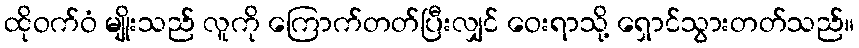
ထိုဝက်ဝံ မျိုးသည် လူကို ကြောက်တတ်ပြီးလျှင် ဝေးရာသို့ ရှောင်သွားတတ်သည်။